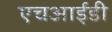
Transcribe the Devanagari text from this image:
एचआईडी